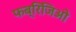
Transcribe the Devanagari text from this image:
फब्रिजिओ